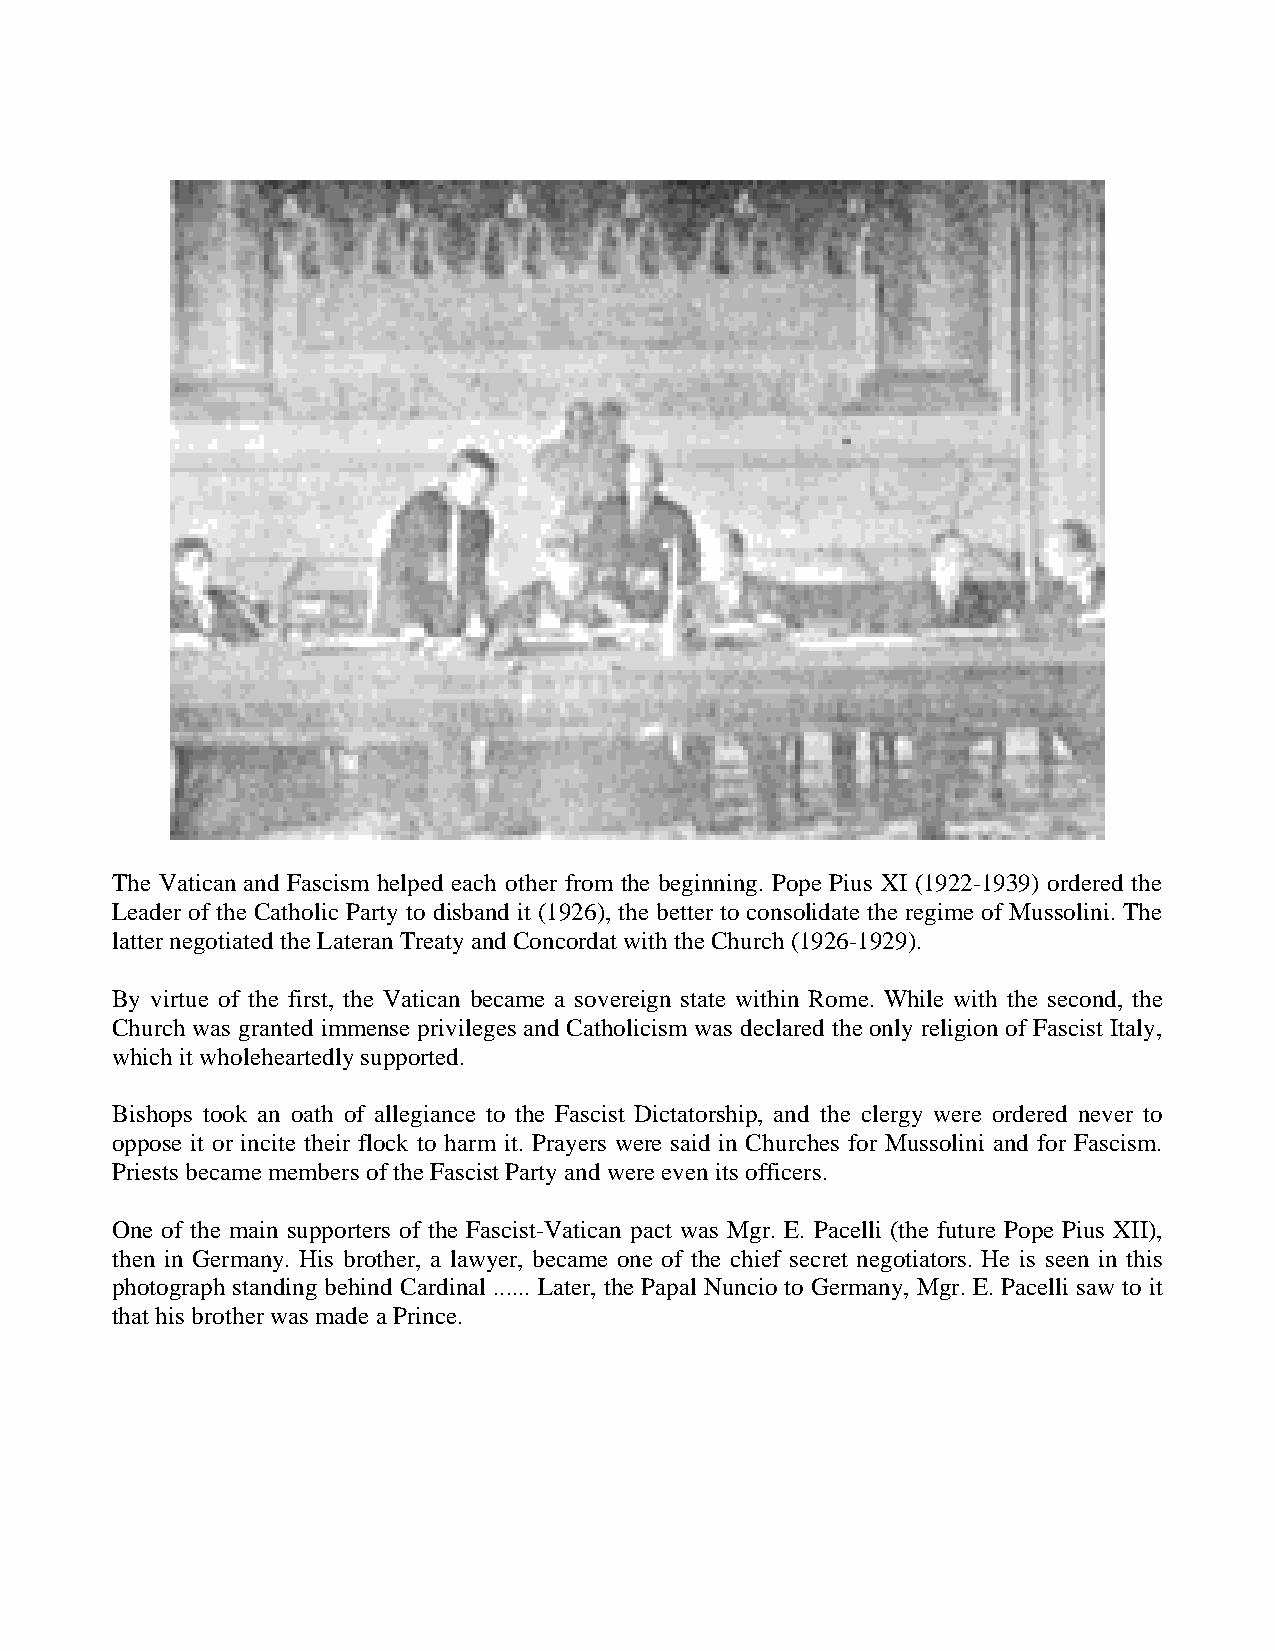
The Vatican and Fascism helped each other from the beginning. Pope Pius XI (1922-1939) ordered the
 Leader of the Catholic Party to disband it (1926), the better to consolidate the regime of Mussolini. The
 latter negotiated the Lateran Treaty and Concordat with the Church (1926-1929).
 By virtue of the first, the Vatican became a sovereign state within Rome. While with the second, the
 Church was granted immense privileges and Catholicism was declared the only religion of Fascist Italy,
 which it wholeheartedly supported.
 Bishops took an oath of allegiance to the Fascist Dictatorship, and the clergy were ordered never to
 oppose it or incite their flock to harm it. Prayers were said in Churches for Mussolini and for Fascism.
 Priests became members of the Fascist Party and were even its officers.
 One of the main supporters of the Fascist-Vatican pact was Mgr. E. Pacelli (the future Pope Pius XII),
 then in Germany. His brother, a lawyer, became one of the chief secret negotiators. He is seen in this
 photograph standing behind Cardinal ...... Later, the Papal Nuncio to Germany, Mgr. E. Pacelli saw to it
 that his brother was made a Prince.